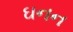
ઘનન